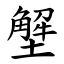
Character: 㙰